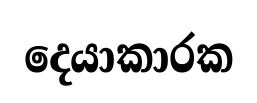
දෙයාකාරක